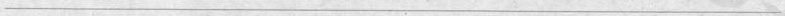
___